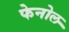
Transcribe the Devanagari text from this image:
फेनोल